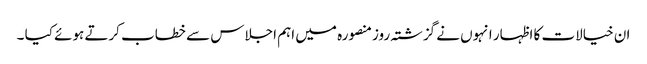
ان خیالات کا اظہار انہوں نے گزشتہ روزمنصورہ میں اہم اجلاس سے خطاب کرتے ہوئے کیا ۔